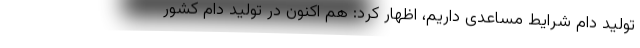
تولید دام شرایط مساعدی داریم، اظهار کرد: هم اکنون در تولید دام کشور